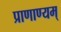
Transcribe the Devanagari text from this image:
प्राणाण्यम्